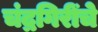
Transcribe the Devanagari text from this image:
चंद्रगिरींचे